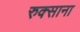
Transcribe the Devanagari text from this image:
रुक्साना